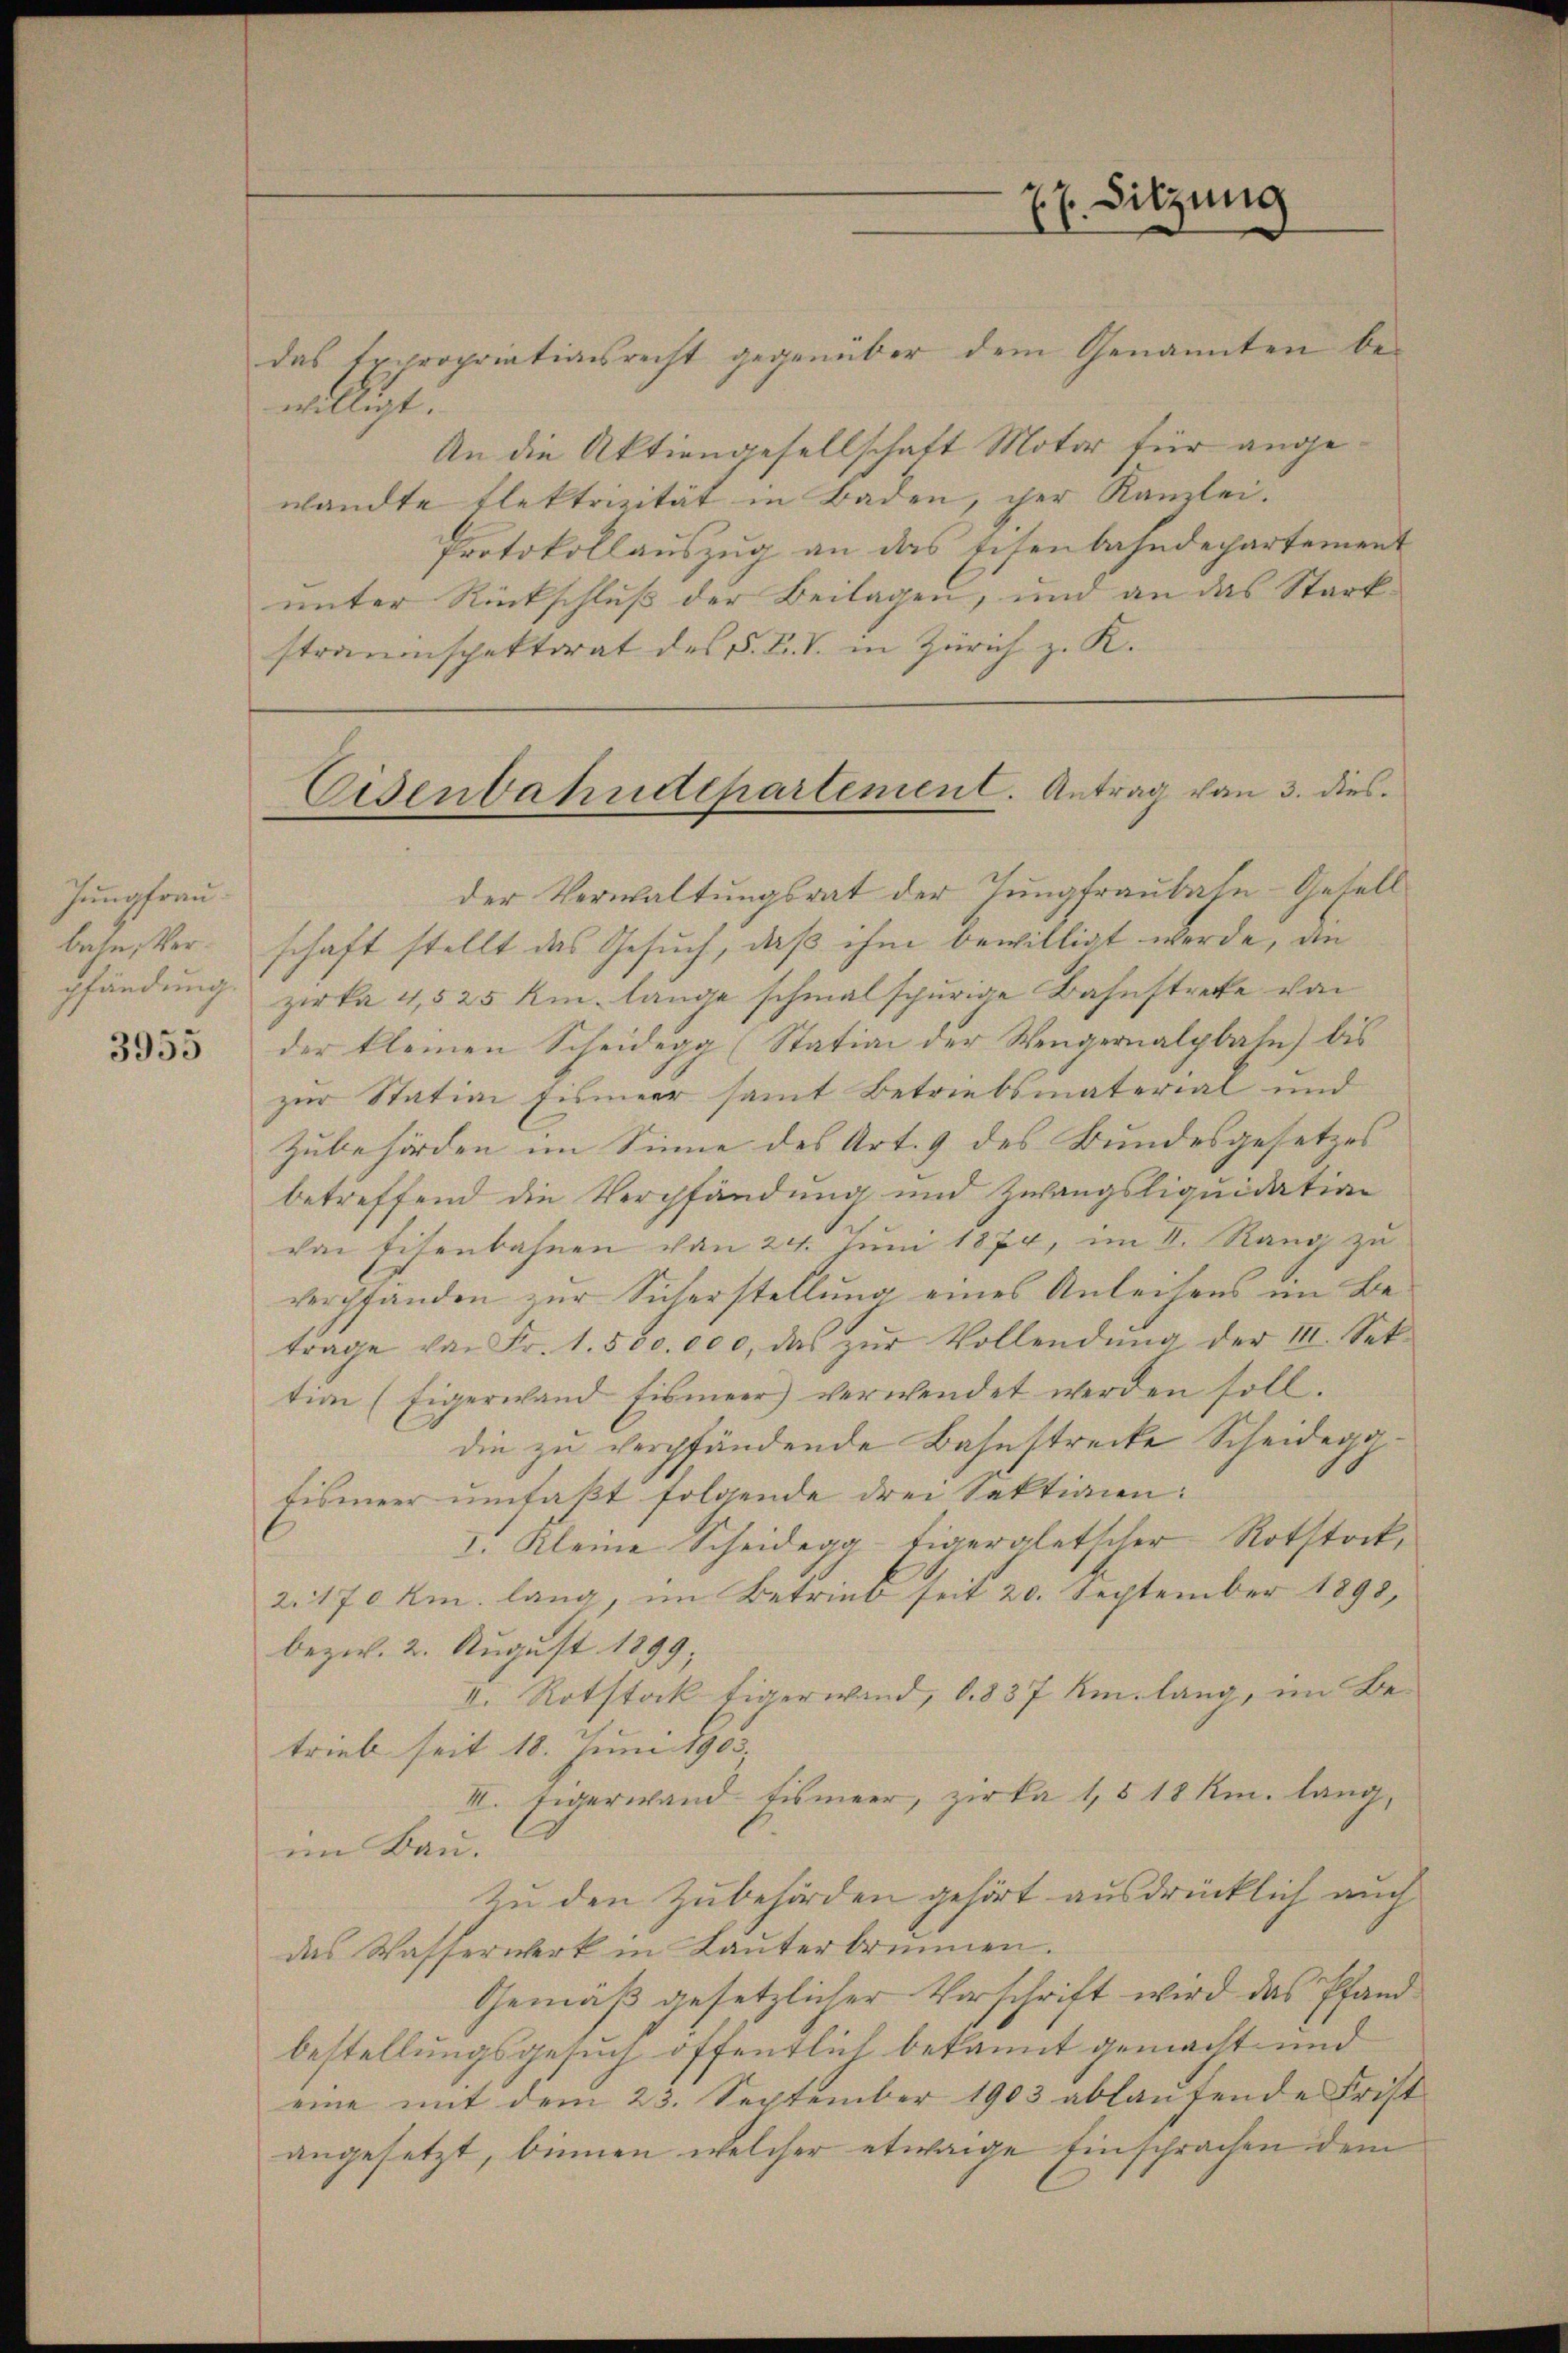
Inmehren
bahn, Verpfändung.

3955

das Expropriationsrecht gegenüber dem Genannten be-
willigt.
An die Aktiengesellschaft Motor für angewandte Flektrizität in Baden, per Kanzlei.
Protokollauszug an das Eisenbahndepartement
unter Rückschluß der Beilagen, und an das Starkstrauenspektorat des P. F. V. in Zürich z. K.

E Sitzung

der Verwaltungsrat der Jungfraubahn-Gesell
schaft stellt das Gesuch, daß ihm bewilligt werde, an
zirka 4,525 km. lange schmalspurige Bahnstrecke von
der kleinen Scheidegg (Station der Wengernalpbale) bis
zur Station fismeer samt Betriebsmaterial und
Zubehörden im Sinne des Art. 9 des Bundesgesetzes
betreffend die Verpfändung und Zwangsliquidation
von Eisenbahnen von 24. Juni 1874, im I. Rang zu
verpfanden zur Sicherstellung eines Anleisens im Be-
trage von Fr. 1. 550. 000, das zŭr Vollendŭng der III. Set.
tion (Eigerwand fismeer verwendet werden soll.
die zu verpfändende Bahnstrecke Scheidegg¬
Fismeer umfaßt folgende drei Sektion:
I. Kleine Scheidegativergletscher Rotstock,
2. 170 km lang, im Betrieb seit 20. September 1898,
bezw. 2. August 1899;
II. Rotstock tigerwand, d. 837 km. lang, im Be-
trieb seit 18. Juni 1905.
III. Eigerwand fismeer, zirka 1, § 18 Km. lang,
im Bau.
Zu den Zubehörden gehört ausdrücklich auch
das Wasserwerk in Lauterbrunnen.
Gemäß gesetzlicher Vorschrift wird das Pfandbestellungsgesuch öffentlich bekannt gemacht und
eine mit dem 23. September 1903 ablaufende Frist
angesetzt, binnen welcher etwaige Einsprachen dem

Eisenbahndepartement. Antrag von 3. dies